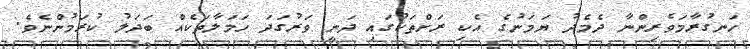
ހަނގުރާމަވެރިންނާ ދެމެދު ޔަމަނުގެ އެކި ރަށްތަކުގައި ދަނީ ވަރުގަދަ ހަމަލާތަކެއް ބަދަލު ކުރަމުންނެވެ.